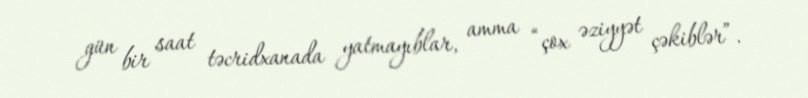
gün bir saat təcridxanada yatmayıblar, amma “çox əziyyət çəkiblər”.